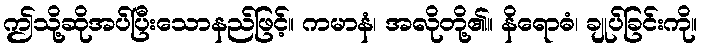
ဤသို့ဆိုအပ်ပြီးသောနည်ဖြင့်။ ကမာနံ၊ အလိုတို့၏။ နိရောဓံ၊ ချုပ်ခြင်းကို။